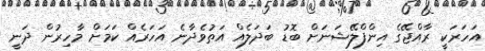
އަހަރަކީ ރާއްޖޭގެ އިންފްލޭޝަނަށް ބޮޑު ބަދަލެއް އަތުވެދާނެ އަހަރެއް ކަމަށް މާހިރުން ދަނީ